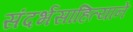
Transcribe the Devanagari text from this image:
संदर्भसाहित्याने